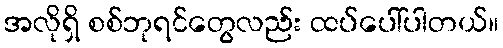
အလိုရှိ စစ်ဘုရင်တွေလည်း ထပ်ပေါ်ပါတယ်။